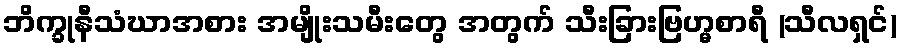
ဘိက္ခုနီသံဃာအစား အမျိုးသမီးတွေ အတွက် သီးခြားဗြဟ္မစာရီ (သီလရှင်)